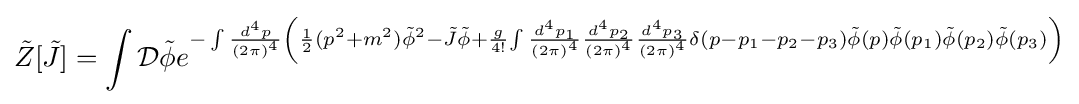
{\tilde {Z}}[{\tilde {J}}]=\int {\mathcal {D}}{\tilde {\phi }}e^{-\int {d^{4}p \over (2\pi )^{4}}\left({1 \over 2}(p^{2}+m^{2}){\tilde {\phi }}^{2}-{\tilde {J}}{\tilde {\phi }}+{g \over 4!}{\int {d^{4}p_{1} \over (2\pi )^{4}}{d^{4}p_{2} \over (2\pi )^{4}}{d^{4}p_{3} \over (2\pi )^{4}}\delta (p-p_{1}-p_{2}-p_{3}){\tilde {\phi }}(p){\tilde {\phi }}(p_{1}){\tilde {\phi }}(p_{2}){\tilde {\phi }}(p_{3})}\right)}